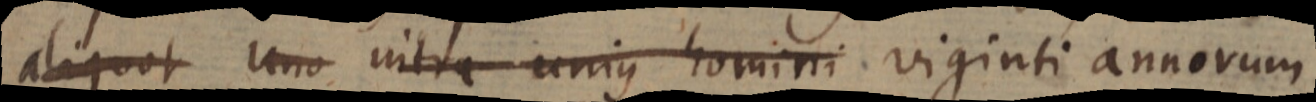
aliquot uno intra unius homini viginti annorum